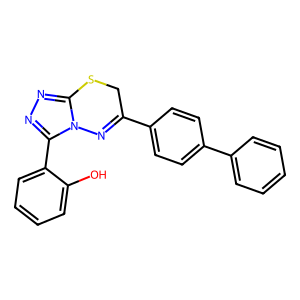
SMILES: Oc1ccccc1-c1nnc2n1N=C(c1ccc(-c3ccccc3)cc1)CS2
Inhibits HIV replication: No